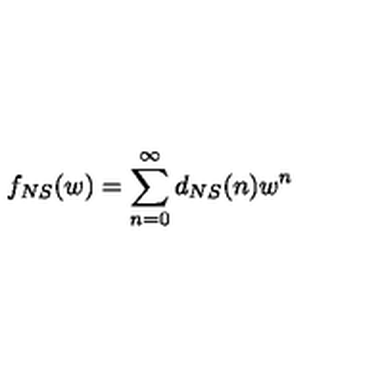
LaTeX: f _ { N S } ( w ) = \sum _ { n = 0 } ^ { \infty } d _ { N S } ( n ) w ^ { n }